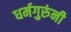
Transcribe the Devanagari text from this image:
धर्मगुरुंनी